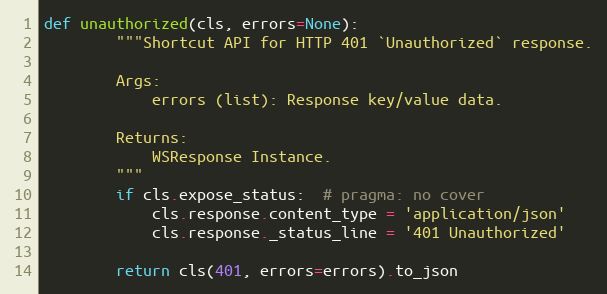
Language: Python
def unauthorized(cls, errors=None):
        """Shortcut API for HTTP 401 `Unauthorized` response.

        Args:
            errors (list): Response key/value data.

        Returns:
            WSResponse Instance.
        """
        if cls.expose_status:  # pragma: no cover
            cls.response.content_type = 'application/json'
            cls.response._status_line = '401 Unauthorized'

        return cls(401, errors=errors).to_json